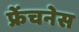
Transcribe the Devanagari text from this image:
फ्रेंचनेस